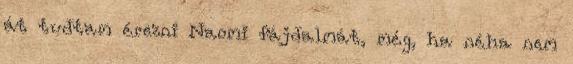
át tudtam érezni Naomi fájdalmát, még, ha néha nem